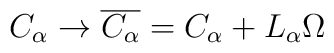
C_\alpha \to \overline{C_\alpha} = C_\alpha + L_\alpha \Omega